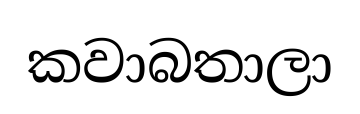
කවාබතාලා